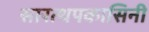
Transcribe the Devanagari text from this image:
सारत्थपकासिनी